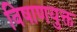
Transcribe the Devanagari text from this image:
विषाणयुक्त